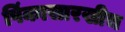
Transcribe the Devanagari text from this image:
पिंकासारखीच